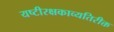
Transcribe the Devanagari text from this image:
यष्टीरक्षकाव्यतिरीक्त